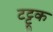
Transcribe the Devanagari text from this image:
टट्टूक